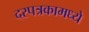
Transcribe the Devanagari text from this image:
दरपत्रकामध्ये